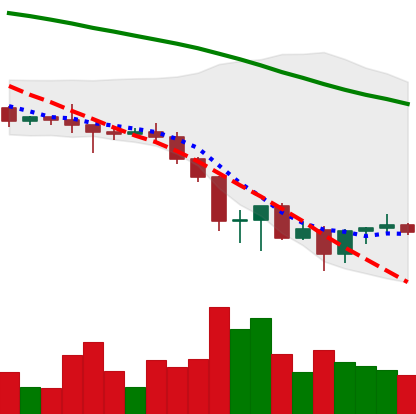
Ticker: BNB-USD
Chart end date: 2022-06-22
Forward return: 9.051%
Label: up_7plus